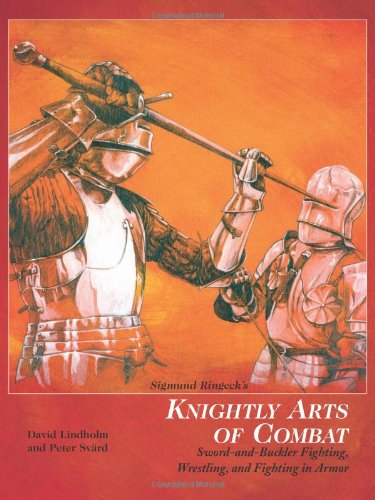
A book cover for Sigmund Ringeck's Knightly Arts Of Combat: Sword and Buckler Fighting, Wrestling, and Fighting in Armor; David Lindholm; Crafts, Hobbies & Home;